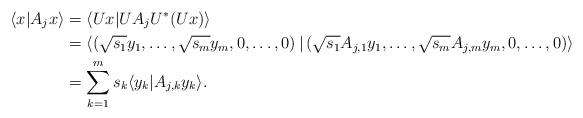
LaTeX: \begin{align*} \langle x| A_j x\rangle & = \langle Ux| UA_j U^* (Ux)\rangle\\ & = \left\langle \left(\sqrt{s_1} y_1, \dots, \sqrt{s_m} y_m, 0, \dots, 0\right)| \left(\sqrt{s_1} A_{j, 1} y_1, \dots, \sqrt{s_m} A_{j, m} y_m, 0, \dots, 0\right)\right\rangle \\ & = \sum\limits_{k=1}^m s_k \langle y_k | A_{j, k} y_k\rangle.\end{align*}